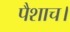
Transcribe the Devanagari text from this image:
पैशाच।